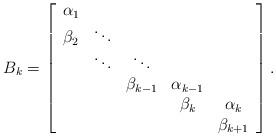
LaTeX: \begin{align*}B_{k}=\left[\begin{array}{ccccc}\alpha_{1}\\\beta_{2} & \ddots\\ & \ddots & \ddots\\ & & \beta_{k-1} & \alpha_{k-1}\\ & & & \beta_{k} & \alpha_{k}\\ & & & & \beta_{k+1}\end{array}\right].\end{align*}